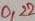
Text: 0,22